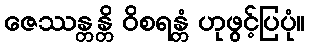
ဇေဿန္တန္တိ ဝိစရန္တံ ဟုဖွင့်ပြပုံ။